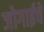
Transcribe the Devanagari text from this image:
जोगाईचे